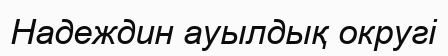
Надеждин ауылдық округі